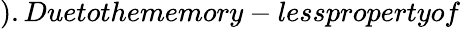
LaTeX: ).Duetothememory-lesspropertyof